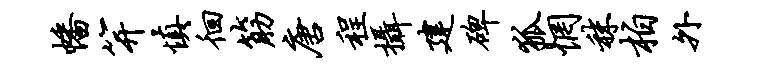
幡笄慎徊筋唐程摄建碑狐惘秣柏外